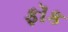
ફૉક